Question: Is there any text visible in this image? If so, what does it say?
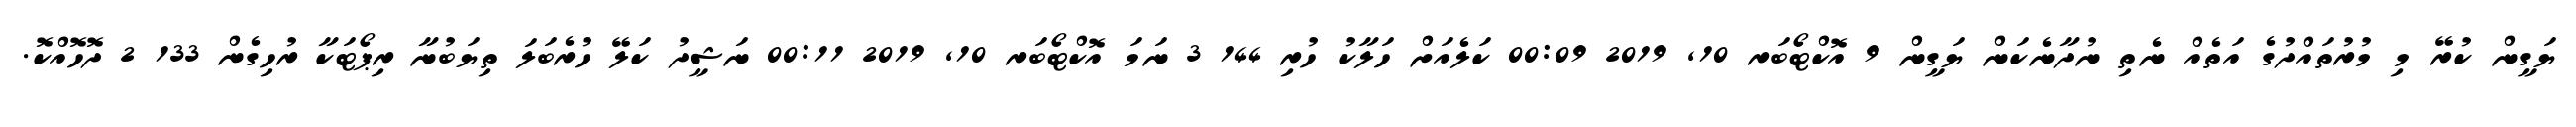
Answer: ޔަގީން ކުރޭ މި މުރުތައްދުގެ އަތެއް ނެތި ނުދާނެކަން ޔަގީން 9 އޮކްޓޯބަރ 10, 2019 00:09 ކަލެއަށް ހަލާކު ހުރި 144 3 ނަމަ އޮކްޓޯބަރ 10, 2019 00:11 ނަޝީދު ކަލޭ ހުރެބަލަ ތިޔަބުނާ ރިޕޯޓަކާ ރުހިގެން 133 2 ދޮހޮއްކޮ.